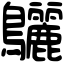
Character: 𪈳